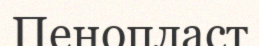
Пенопласт